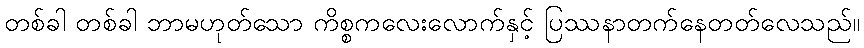
တစ်ခါ တစ်ခါ ဘာမဟုတ်သော ကိစ္စကလေးလောက်နှင့် ပြဿနာတက်နေတတ်လေသည်။